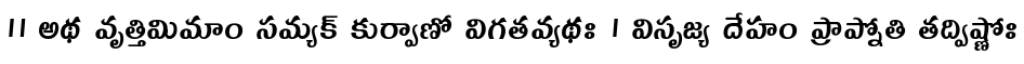
॥ అథ వృత్తిమిమాం సమ్యక్ కుర్వాణో విగతవ్యథః । విసృజ్య దేహం ప్రాప్నోతి తద్విష్ణోః